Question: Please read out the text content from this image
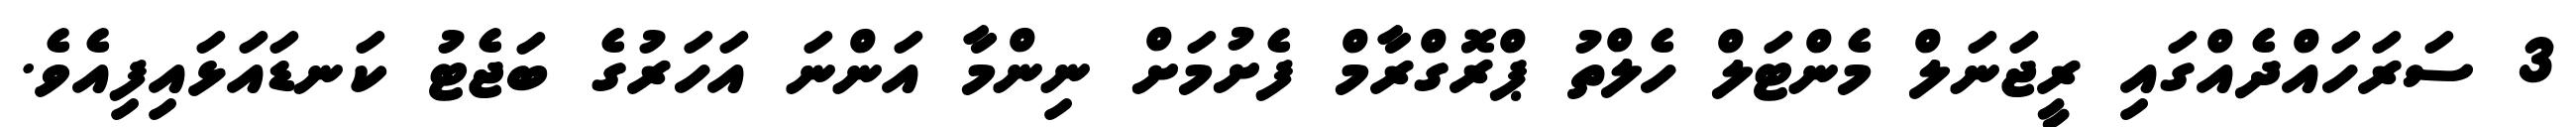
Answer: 3 ސަރަހައްދެއްގައި ރީޖަނަލް މެންޓަލް ހެލްތު ޕްރޮގްރާމް ފެށުމަށް ނިންމާ އަންނަ އަހަރުގެ ބަޖެޓު ކަނޑައަޅައިފިއެވެ.